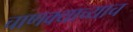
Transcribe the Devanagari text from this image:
चाणक्याच्याच